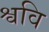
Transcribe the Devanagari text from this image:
श्ववि